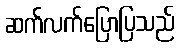
ဆက်လက်ပြောပြသည်